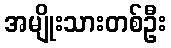
အမျိုးသားတစ်ဦး